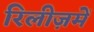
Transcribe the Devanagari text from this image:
रिलीज़में